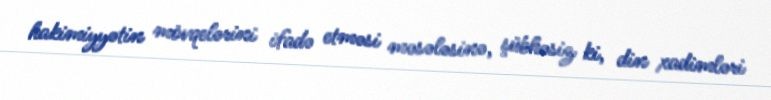
hakimiyyətin mövqelərini ifadə etməsi məsələsinə, şübhəsiz ki, din xadimləri